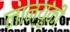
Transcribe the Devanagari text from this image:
नान्युकी